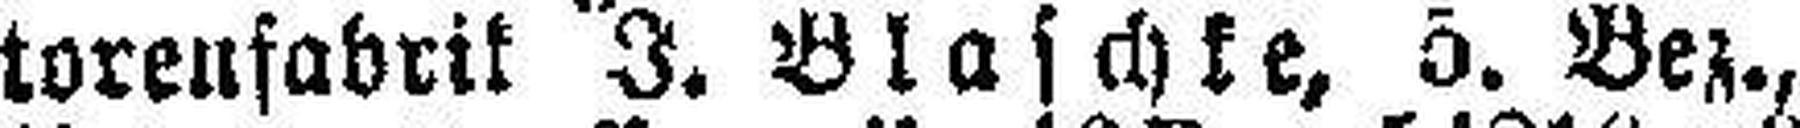
torenfabrik J. Blaschke, 5. Bez.,